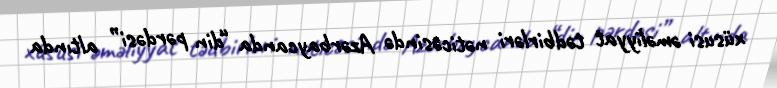
xüsusi əməliyyat tədbirləri nəticəsində Azərbaycanda “din pərdəsi” altında